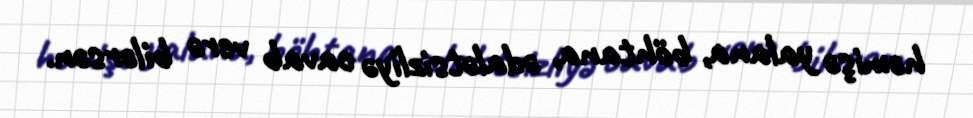
həmişə yalana, böhtana, ədalətsizliyə cavab verə bilərsən.